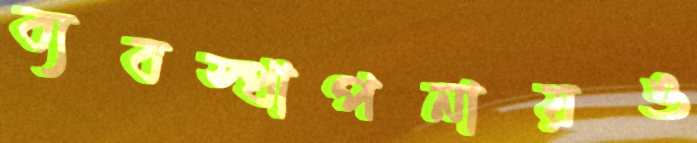
ব্যবস্থাপনায়ও